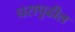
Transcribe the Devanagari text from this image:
घरापुढील